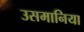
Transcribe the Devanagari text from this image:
उसमानिया